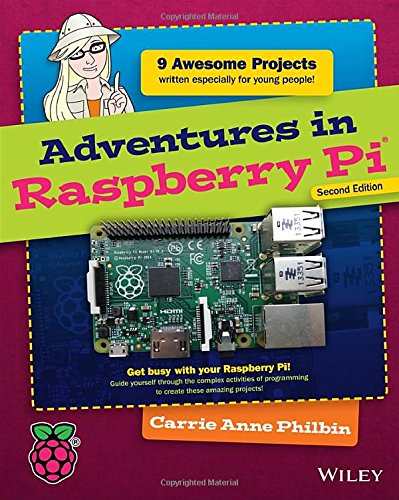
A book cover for Adventures in Raspberry Pi; Carrie Anne Philbin; Computers & Technology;